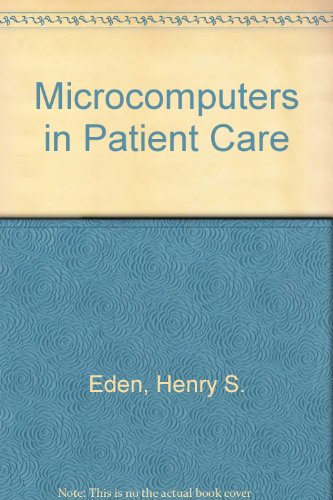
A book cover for Microcomputers in Patient Care; Medical Books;